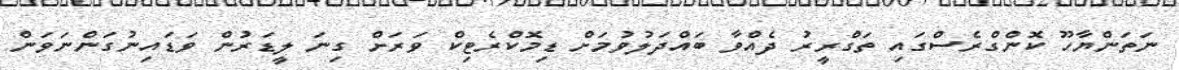
ނަތަންޔާހޫ ކޮންގްރެސްގައި ތަގްރީރު ދެއްވާ ބައްދަލުވުމަށް ޑިމޮކްރެޓިކް ވަރަށް ގިނަ ލީޑަރުން ވަޑައިނުގަންނަވަން